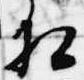
相